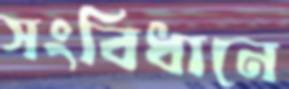
সংবিধানে